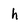
Character: h